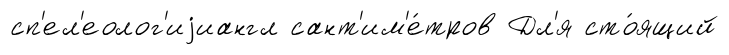
сп'ел'еолог'иjиангл сант'им'е́тров Дл'я сто́ящий